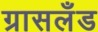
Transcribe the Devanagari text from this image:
ग्रासलँड